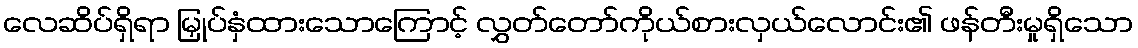
လေဆိပ်ရှိရာ မြှုပ်နှံထားသောကြောင့် လွှတ်တော်ကိုယ်စားလှယ်လောင်း၏ ဖန်တီးမှုရှိသော